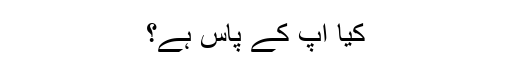
کیا آپ کے پاس ہے؟